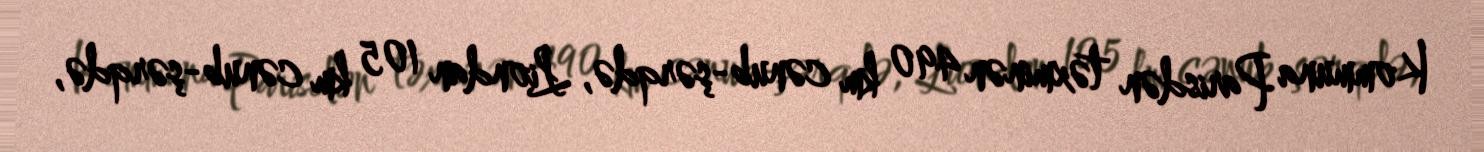
Kommuna Parisdən təxminən 490 km cənub-şərqdə, Liondan 105 km cənub-şərqdə,